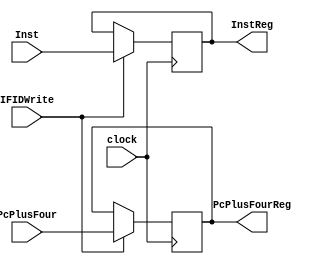
//checked//
//no flush
module IFID(clock,Inst,IFIDWrite ,PcPlusFour,InstReg,PcPlusFourReg);
input           clock,IFIDWrite;
//input flush;
input           [31:0] PcPlusFour,Inst;
output  reg     [31:0] InstReg, PcPlusFourReg;
initial 
begin                   
InstReg = 0;
PcPlusFourReg = 0;
end
always@(posedge clock)
begin
if(IFIDWrite)
begin
InstReg <= Inst;
PcPlusFourReg <= PcPlusFour;
end
end
endmodule
/////////////////////////////////////////////////////////////////////////////////////////////////
module IDEX(clock,WB,M,EX,DataA,DataB,imm_value,RegRs,RegRt,RegRd,WBreg,Mreg,EXreg,DataAreg,
DataBreg,imm_valuereg,RegRsreg,RegRtreg,RegRdreg);
input                   clock;
input           [1:0]   WB;
input           [2:0]   M;
input           [3:0]   EX;
input           [4:0]   RegRs,RegRt,RegRd;
input           [31:0]  DataA,DataB,imm_value;
output  reg     [1:0]   WBreg;
output  reg     [2:0]   Mreg;
output  reg     [3:0]   EXreg;
output  reg     [4:0]   RegRsreg,RegRtreg,RegRdreg;
output  reg     [31:0]  DataAreg,DataBreg,imm_valuereg;
initial begin
WBreg = 0;
Mreg = 0;
EXreg = 0;
DataAreg = 0;
DataBreg = 0;
imm_valuereg = 0;
RegRsreg = 0;
RegRtreg = 0;
RegRdreg = 0;
end
always@(posedge clock)
begin
WBreg <= WB;
Mreg <= M;
EXreg <= EX;
DataAreg <= DataA;
DataBreg <= DataB;
imm_valuereg <= imm_value;
RegRsreg <= RegRs;
RegRtreg <= RegRt;
RegRdreg <= RegRd;
end
endmodule
////////////////////////////////////////////////////////////////////////////////////////////////
module EXMEM(clock,WB,M,ALUOut,RegRD,WriteDataIn,Mreg,WBreg,ALUreg,RegRDreg,WriteDataOut);
input                   clock;
input           [1:0]   WB;
input           [2:0]   M;
input           [4:0]   RegRD;
input           [31:0]  ALUOut,WriteDataIn;
output  reg     [1:0]   WBreg;
output  reg     [2:0]   Mreg;
output  reg     [31:0]  ALUreg,WriteDataOut;
output  reg     [4:0]   RegRDreg;
initial 
begin
WBreg=0;
Mreg=0;
ALUreg=0;
WriteDataOut=0;
RegRDreg=0;
end
always@(posedge clock)
begin
WBreg <= WB;
Mreg <= M;
ALUreg <= ALUOut;
RegRDreg <= RegRD;
WriteDataOut <= WriteDataIn;
end
endmodule
//////////////////////////////////////////////////////////////////////////////////////////
module MEMWB(clock,WB,Memout,ALUOut,RegRD,WBreg,Memreg,ALUreg,RegRDreg);
input                   clock;
input           [1:0]   WB;
input           [4:0]   RegRD;
input           [31:0]  Memout,ALUOut;
output  reg     [1:0]   WBreg;
output  reg     [31:0]  Memreg,ALUreg;
output  reg     [4:0]   RegRDreg;
initial 
begin
WBreg = 0;
Memreg = 0;
ALUreg = 0;
RegRDreg = 0;
end
always@(posedge clock)
begin
WBreg <= WB;
Memreg <= Memout;
ALUreg <= ALUOut;
RegRDreg <= RegRD;
end
endmodule